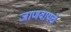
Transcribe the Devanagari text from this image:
जाणवायचे